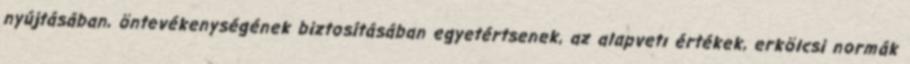
nyújtásában, öntevékenységének biztosításában egyetértsenek, az alapvetı értékek, erkölcsi normák